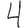
Digit: 4